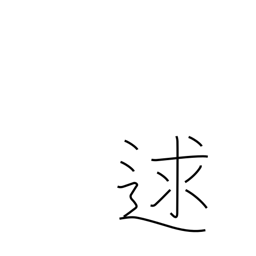
Meaning: meet